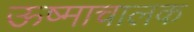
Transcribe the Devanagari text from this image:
ऊष्माचालक